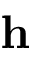
{ \bf h }